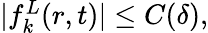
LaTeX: \begin{array}{r}{|f_{k}^{L}(r,t)|\leq C(\delta),}\end{array}